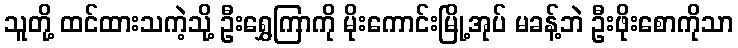
သူတို့ ထင်ထားသကဲ့သို့ ဦးရွှေကြာကို မိုးကောင်းမြို့အုပ် မခန့်ဘဲ ဦးဖိုးစောကိုသာ